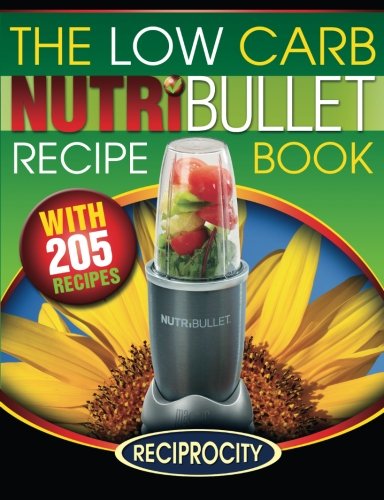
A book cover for The Low Carb NutriBullet Recipe Book: 200 Health Boosting Low Carb Delicious and Nutritious Blast and Smoothie Recipes; Marco Black; Cookbooks, Food & Wine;